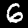
Digit: 6